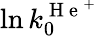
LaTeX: \ln k_{0}^{\mathrm{~H~e~}^{+}}